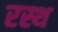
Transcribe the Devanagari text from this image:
रस्थ